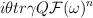
LaTeX: \begin{align*}i \theta tr \gamma Q {\cal F} (\omega)^n \end{align*}